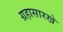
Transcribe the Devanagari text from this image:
ग्रहासारखे